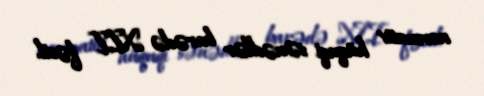
normativ hüquqi sənədlər barədə XII fəsil.